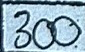
300